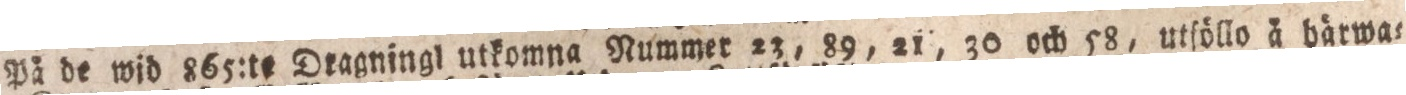
På de wid 865:te Dragningl utkomna Nummer 23, 89, 21, 30 och 58, utſöllo å bårwa=